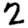
Digit: 2